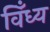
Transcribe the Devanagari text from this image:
विँध्य